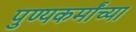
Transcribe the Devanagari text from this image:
पुण्यकर्मांच्या